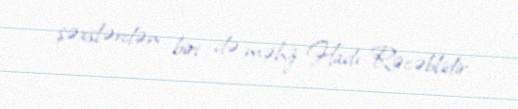
şəxslərdən biri də məhz Hadı Rəcəblidir.